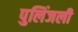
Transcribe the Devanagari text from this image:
पुलिंजली